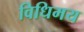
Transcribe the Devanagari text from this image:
विधिमय